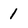
Character: 1